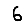
Digit: 6